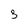
Character: 3